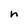
Character: h